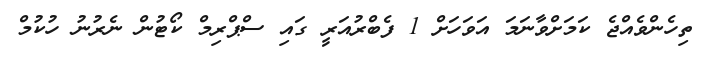
ތިހެންވެއްޖެ ކަމަށްވާނަމަ އަވަހަށް 1 ފެބްރުއަރީ ގައި ސްޕްރިމް ކޯޓުން ނެރުނު ހުކުމް